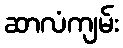
ဆာလံကျမ်း